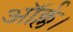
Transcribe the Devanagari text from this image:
ऑर्क्ल।